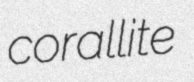
corallite